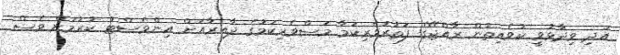
އަދި ވިދާޅުވީ ކުވެއިތުން ރާއްޖޭގެ ފަތުރުވެރިކަމާ މަސްވެރިކަމުގެ ދާއިރާއަށް އިންވެސްޓު ކުރުމަށް ވެސް